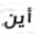
أين